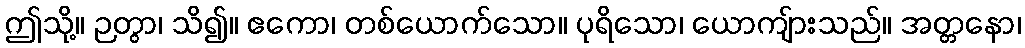
ဤသို့။ ဉတွာ၊ သိ၍။ ဧကော၊ တစ်ယောက်သော။ ပုရိသော၊ ယောကျ်ားသည်။ အတ္တနော၊